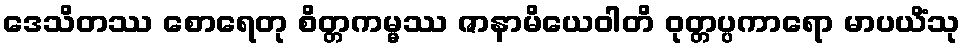
ဒေသိတဿ စောရေတု စိတ္တကမ္မဿ ဇာနာမိယေဝါတိ ဝုတ္တပ္ပကာရော မာပယိံသု